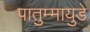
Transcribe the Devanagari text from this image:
पातुम्मायुडे